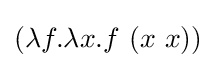
(\lambda f.\lambda x.f\ (x\ x))